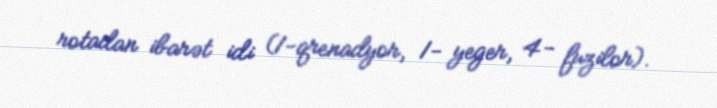
rotadan ibarət idi (1-qrenadyor, 1- yeger, 4- fuzilor).